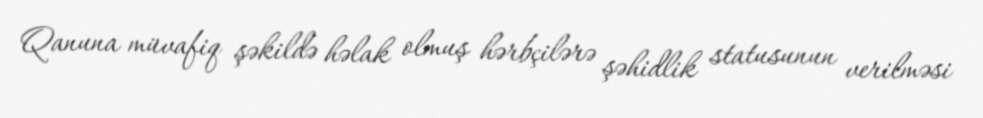
Qanuna müvafiq şəkildə həlak olmuş hərbçilərə şəhidlik statusunun verilməsi